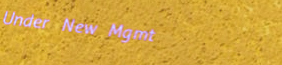
Under New Mgmt